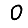
Digit: 0